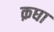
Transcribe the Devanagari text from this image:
क़घा